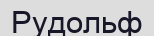
Рудольф